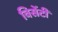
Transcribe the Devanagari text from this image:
विसेंटी